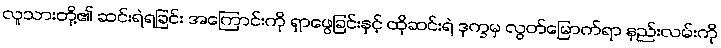
လူသားတို့၏ ဆင်းရဲရခြင်း အကြောင်းကို ရှာဖွေခြင်းနှင့် ထိုဆင်းရဲ ဒုက္ခမှ လွတ်မြောက်ရာ နည်းလမ်းကို